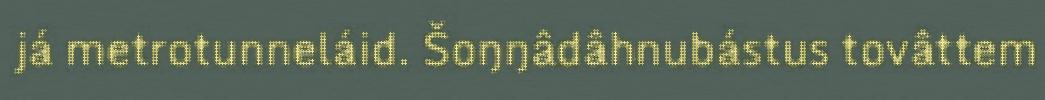
já metrotunneláid. Šoŋŋâdâhnubástus tovâttem